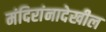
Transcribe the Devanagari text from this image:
मंदिरांनादेखील